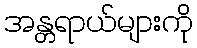
အန္တရာယ်များကို